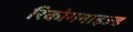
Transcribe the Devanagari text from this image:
रिकोगनाइज्ड